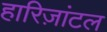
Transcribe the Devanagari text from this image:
हारिज़ांटल